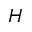
H